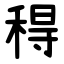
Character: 䅞